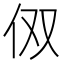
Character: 𰁪